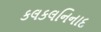
કલકલનિનાદ